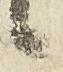
候